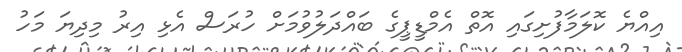
އިއްޔެ ކޮލަމާފުށިގައި އޮތް އެމްޑީޕީގެ ބައްދަލުވުމަށް ހުރަސް އެޅި އިރު މިދިޔަ މަހު